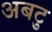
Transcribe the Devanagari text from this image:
अबटु